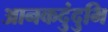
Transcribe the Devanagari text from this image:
आनकदुंदुभि